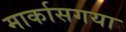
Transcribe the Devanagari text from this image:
मार्कासगया